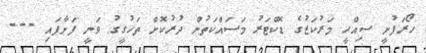
ހޯރަފުށީ ސިއްހީ މަރުކަޒުގެ ޑޮކްޓަރު މަސައްކަތުން ދުރުކޮށް ތަހުގީގު ވަނީ ފަށާފައި ---